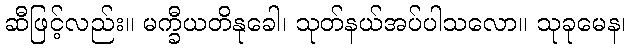
ဆီဖြင့်လည်း။ မက္ခီယတိနုခေါ၊ သုတ်နယ်အပ်ပါသလော။ သုခုမေန၊